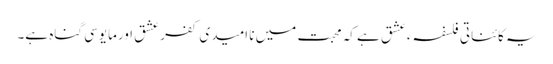
یہ کائناتی فلسفہء عشق ہے کہ محبت میں نا امیدی کفر عشق اورمایوسی گناہ ہے۔